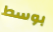
بوسط